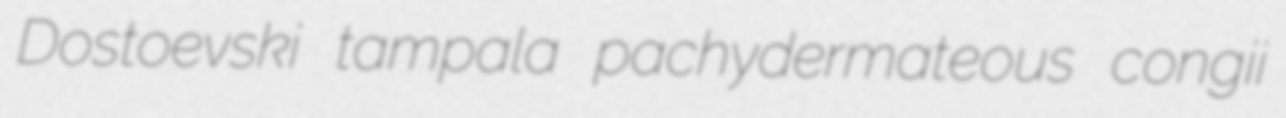
Dostoevski tampala pachydermateous congii